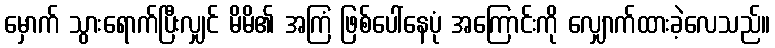
မှောက် သွားရောက်ပြီးလျှင် မိမိ၏ အကြံ ဖြစ်ပေါ်နေပုံ အကြောင်းကို လျှောက်ထားခဲ့လေသည်။